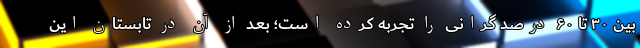
بین ۳۰ تا ۶۰ درصد گرانی را تجربه کرده است؛ بعد از آن در تابستان این